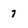
Character: 7